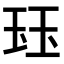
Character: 𤤴